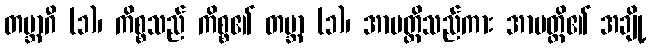
တမ္ဘာဂီ (၁)၊ ကိစ္စသည် ကိစ္စ၏ တဗ္ဘာ (၁)၊ အာပတ္တိသည်ကား အာပတ္တိ၏ အချို့